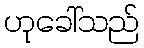
ဟုခေါ်သည်